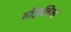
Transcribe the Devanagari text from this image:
घोड़लिया